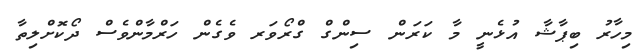
މިހާރު ބިޕާޝާ އުޅެނީ މާ ކަރަން ސިންގް ގްރޯވަރ ވެގެން ހަރްމާންވެސް ދޯކޮށްލިތާ